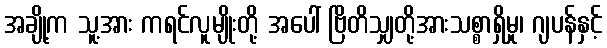
အချို့က သူ့အား ကရင်လူမျိုးတို့ အပေါ် ဗြိတိသျှတို့အားသစ္စာရှိမှု၊ ဂျပန်နှင့်